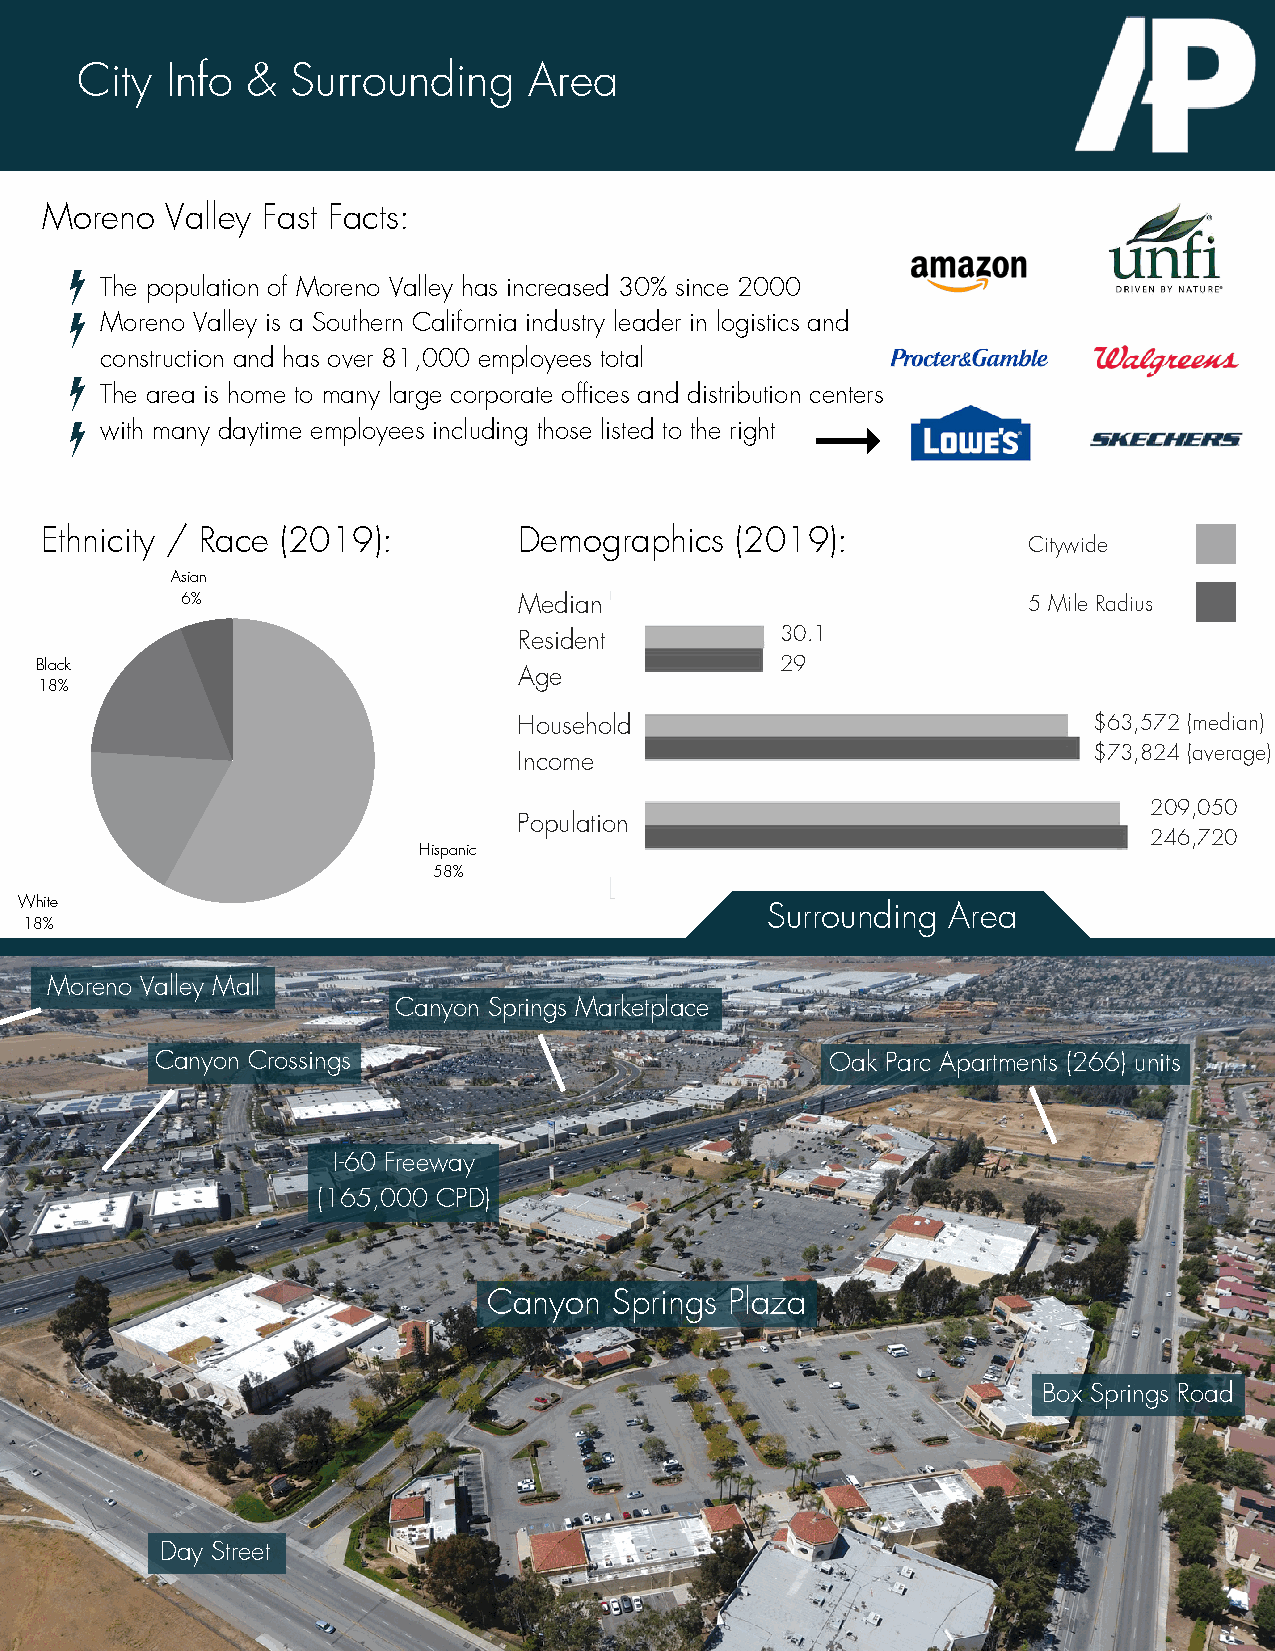
City  Info &  Surrounding     Area
 Moreno  Valley Fast Facts:
 The population of Moreno Valley has increased 30% since 2000
 Moreno Valley is a Southern California industry leader in logistics and
 construction and has over 81,000 employees total
 The area is home to many large corporate offices and distribution centers
 with many daytime employees including those listed to the right
 Ethnicity / Race (2019):       Demographics   (2019):
 Citywide
 Asian
 6%                    Median                            5 Mile Radius
 Resident          30.1
 Black                                             29
 Age
 18%
 Household                             $63,572 (median)
 $73,824 (average)
 Income
 209,050
 Population
 246,720
 Hispanic
 58%
 White
 Surrounding Area
 18%
 Moreno Valley Mall
 Canyon Springs Marketplace
 Canyon Crossings                             Oak Parc Apartments (266) units
 I-60 Freeway
 (165,000 CPD)
 Canyon   Springs Plaza
 Box Springs Road
 Day Street